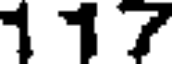
1 1 7